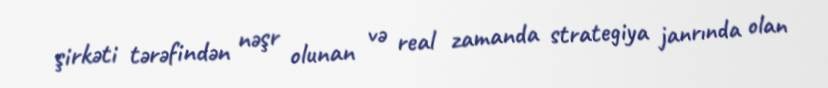
şirkəti tərəfindən nəşr olunan və real zamanda strategiya janrında olan